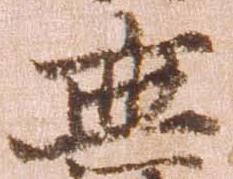
無